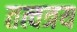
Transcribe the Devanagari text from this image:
तत्वत्रय